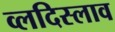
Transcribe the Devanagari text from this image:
व्लदिस्लाव